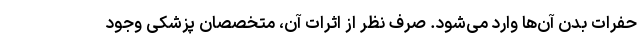
حفرات بدن آن‌ها وارد می‌شود. صرف نظر از اثرات آن، متخصصان پزشکی وجود